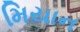
મિયાન